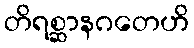
တိရစ္ဆာနဂတေဟိ